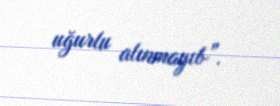
uğurlu alınmayıb”.